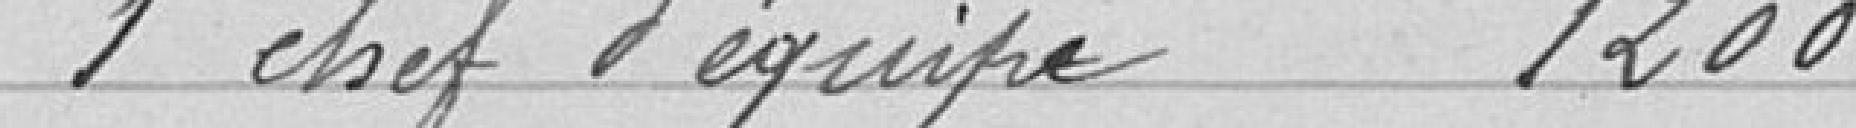
1 chef d'équipe 1 200